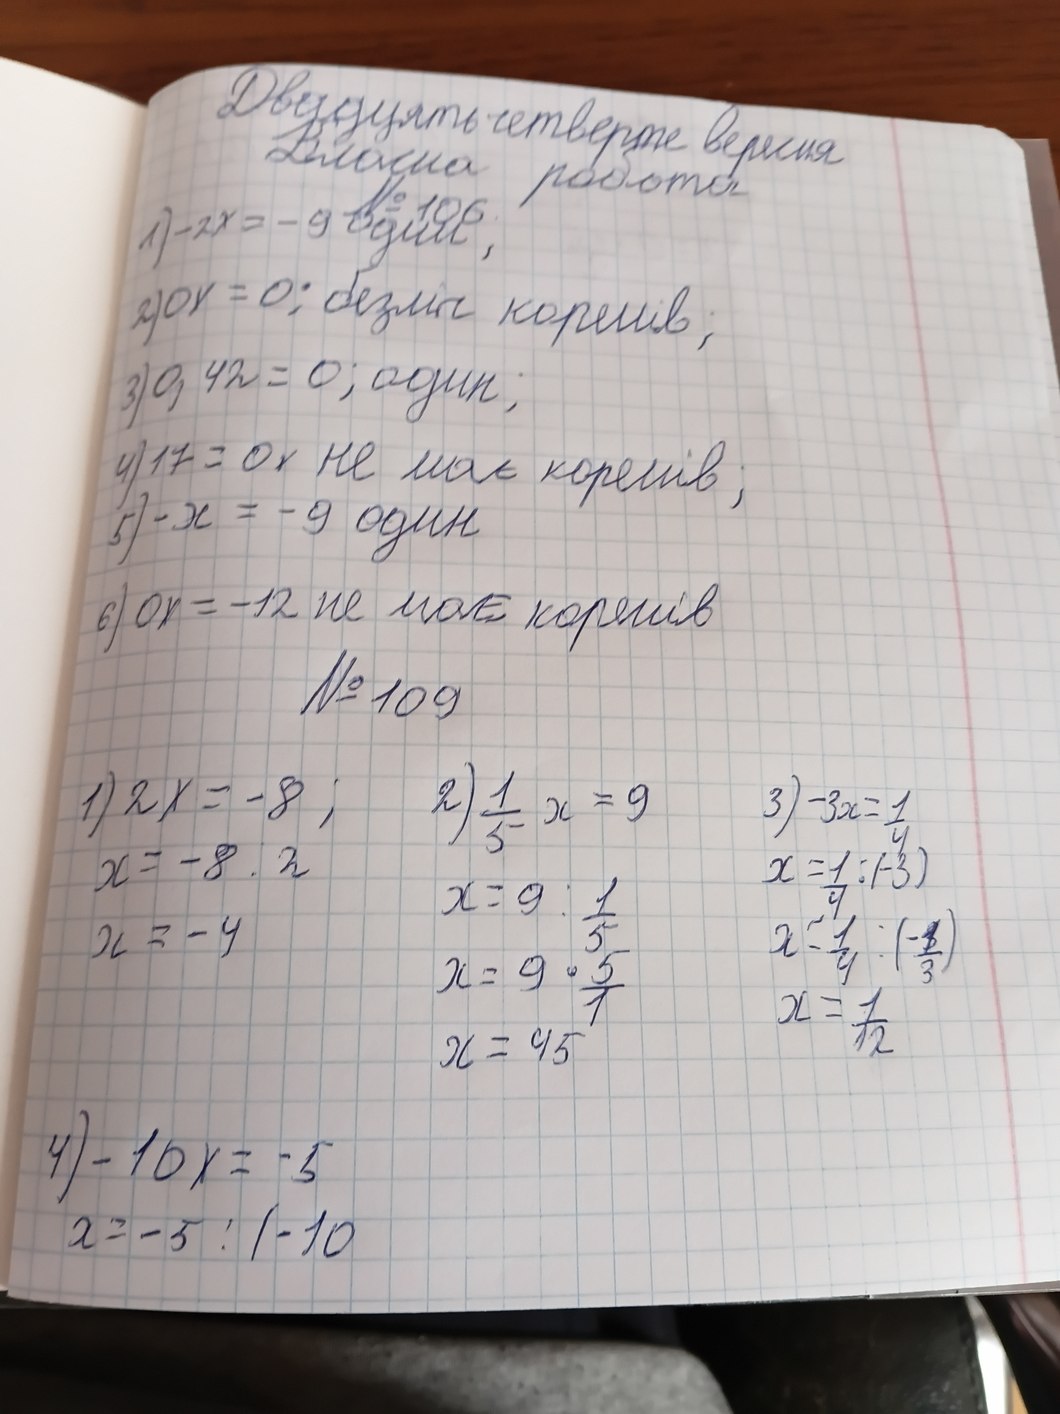
Двадцять четверте вересня
Класна робота
№ 106
1) -2x = -9 один ;
2) 0x = 0; безліч коренів;
3) 0, 42 = 0; один;
4) 17 = 0x не має коренів;
5) - x = - 9 один
6) 0x = -12 не має коренів
№ 109
2) 1/5 x = 9
1) 2x = -8 ;
3) -3x = 1/4
x = -8:2
x = 1/4 : (-3)
x = 9 : 1/5
x = 1/4 : (-1/3)
x = -4
x = 9 * 5/1
x = 1/12
x = 45
4) -10x = -5
x = -5 : ( - 10